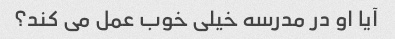
آیا او در مدرسه خیلی خوب عمل می کند؟